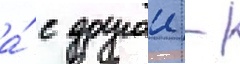
а́ с другои -